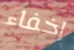
إخفاء